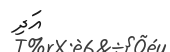
އަދި